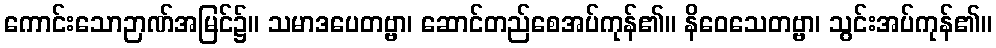
ကောင်းသောဉာဏ်အမြင်၌။ သမာဒပေတဗ္ဗာ၊ ဆောင်တည်စေအပ်ကုန်၏။ နိဝေသေတဗ္ဗာ၊ သွင်းအပ်ကုန်၏။